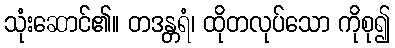
သုံးဆောင်၏။ တဒန္တရံ၊ ထိုတလုပ်သော ကိုစု၍